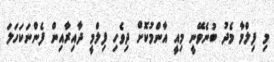
މި ފިލްމާ މެދު ބުނެވޭނީ މިއީ އާންމުކޮށް ދިވެހި ފިލްމީ ދާއިރާއިން ފެންނަކަހަލަ